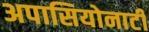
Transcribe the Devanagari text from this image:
अपासियोनाटी